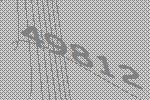
49812